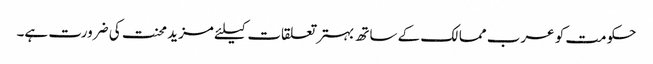
حکومت کو عرب ممالک کے ساتھ بہتر تعلقات کیلئے مزید محنت کی ضرورت ہے۔